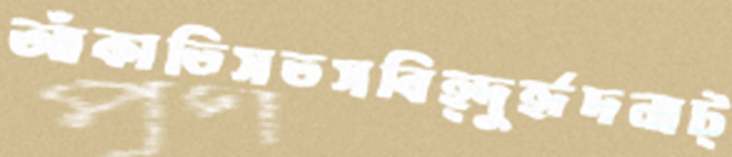
আঁকাতিসতসবিহ্দুর্হৃদনাট্